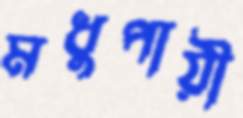
মধুপায়ী